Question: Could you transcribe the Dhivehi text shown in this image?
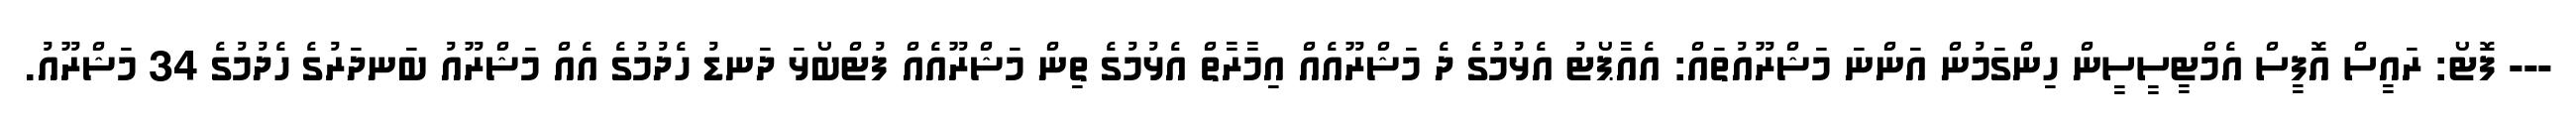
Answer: --- ފޮޓޯ: ރައީސް އޮފީސް އެމްޓީސީސީން ހިންގަމުން އަންނަ މަޝްރޫއުތައް: އެއާޕޯޓު އެޅުމުގެ ދެ މަޝްރޫއެއް އިމާރާތް އެޅުމުގެ ތިން މަޝްރޫއެއް ފުޓްބޯޅަ ދަނޑު ހެދުމުގެ އެއް މަޝްރޫއު ބަނދަރުގެ ހެދުމުގެ 34 މަޝްރޫއު.